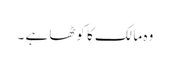
وہ مالک کا کوٹھا ہے ۔